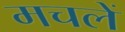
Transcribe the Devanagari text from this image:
मचलें